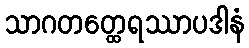
သာဂတတ္ထေရဿာပဒါနံ